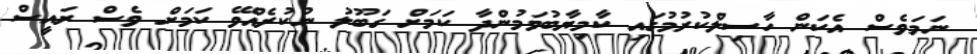
ނަމަވެސް އެކަން ހާސިލްކުރުމުގައި ކާމިޔާބުވަމުންދާ ކަމަށް ގަބޫލު ނުކުރެއްވޭ ކަމަށް ވެސް ރައީސް